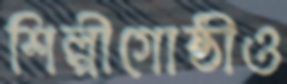
শিল্পীগোষ্ঠীও